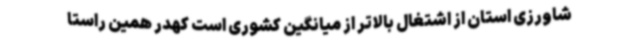
شاورزی استان از اشتغال بالاتر از میانگین کشوری است کهدر همین راستا